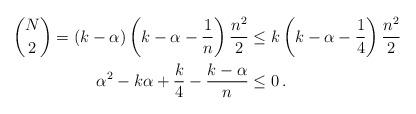
LaTeX: \begin{align*}\binom{N}{2}=(k-\alpha)\left(k-\alpha-\frac{1}{n}\right)\frac{n^2}{2} &\leq k \left(k-\alpha-\frac{1}{4}\right)\frac{n^2}{2}\\\alpha^2-k\alpha+\frac{k}{4}-\frac{k-\alpha}{n} &\leq 0\,.\end{align*}